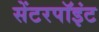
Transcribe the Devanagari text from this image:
सेंटरपॉइंट